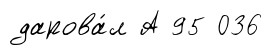
дарова́л А 95 036